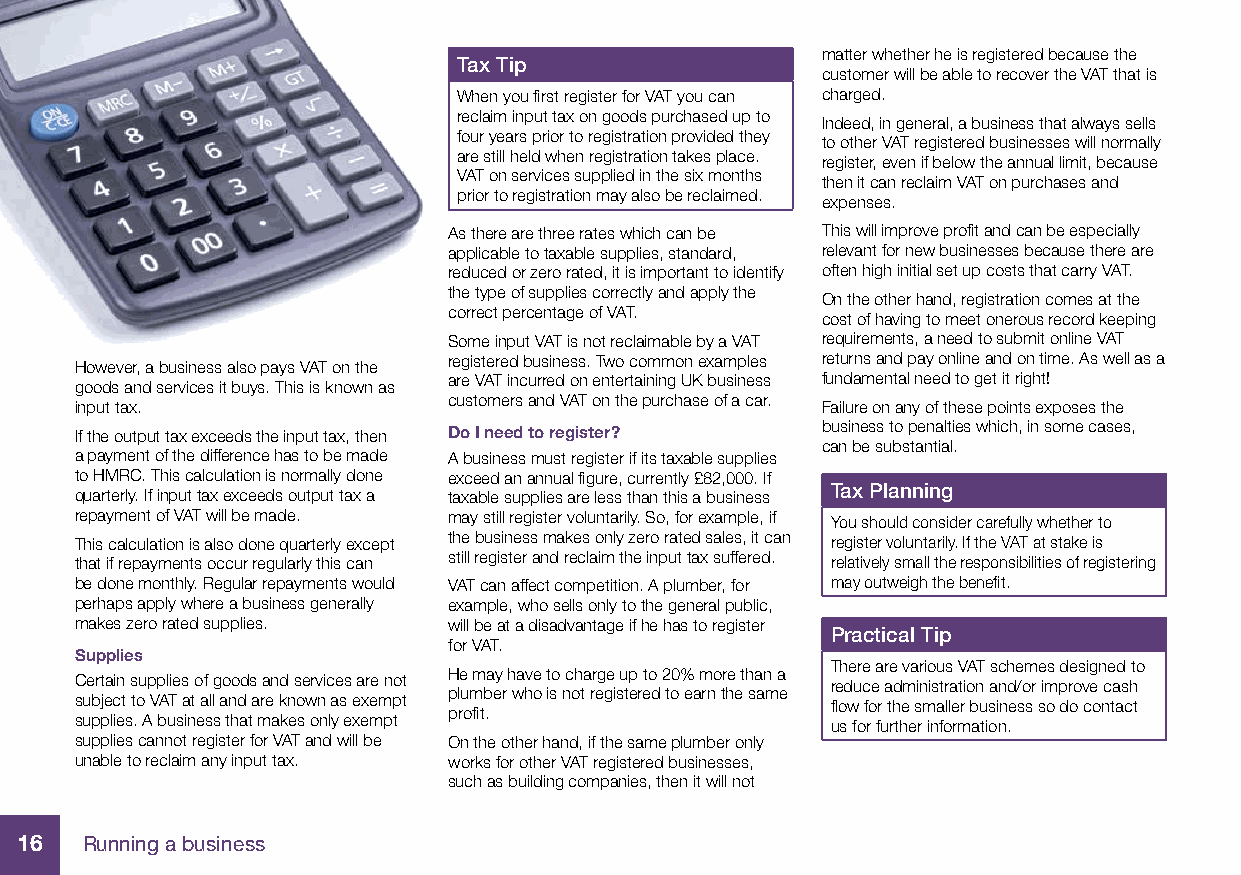
matter whether he is registered because the
 Tax Tip
 customer will be able to recover the VAT that is
 When you fi rst register for VAT you can charged.
 reclaim input tax on goods purchased up to
 Indeed, in general, a business that always sells
 four years prior to registration provided they
 to other VAT registered businesses will normally
 are still held when registration takes place.
 register, even if below the annual limit, because
 VAT on services supplied in the six months
 then it can reclaim VAT on purchases and
 prior to registration may also be reclaimed.
 expenses.
 As there are three rates which can be This will improve profi t and can be especially
 applicable to taxable supplies, standard, relevant for new businesses because there are
 reduced or zero rated, it is important to identify often high initial set up costs that carry VAT.
 the type of supplies correctly and apply the
 On the other hand, registration comes at the
 correct percentage of VAT.
 cost of having to meet onerous record keeping
 Some input VAT is not reclaimable by a VAT requirements, a need to submit online VAT
 registered business. Two common examples returns and pay online and on time. As well as a
 However, a business also pays VAT on the
 are VAT incurred on entertaining UK business fundamental need to get it right!
 goods and services it buys. This is known as
 customers and VAT on the purchase of a car.
 input tax.                                       Failure on any of these points exposes the
 If the output tax exceeds the input tax, then Do I need to register? business to penalties which, in some cases,
 can be substantial.
 a payment of the difference has to be made A business must register if its taxable supplies
 to HMRC. This calculation is normally done exceed an annual fi gure, currently £82,000. If
 quarterly. If input tax exceeds output tax a taxable supplies are less than this a business Tax Planning
 repayment of VAT will be made. may still register voluntarily. So, for example, if You should consider carefully whether to
 This calculation is also done quarterly except the business makes only zero rated sales, it can register voluntarily. If the VAT at stake is
 that if repayments occur regularly this can still register and reclaim the input tax suffered. relatively small the responsibilities of registering
 be done monthly. Regular repayments would VAT can affect competition. A plumber, for may outweigh the benefi t.
 perhaps apply where a business generally example, who sells only to the general public,
 makes zero rated supplies. will be at a disadvantage if he has to register
 Practical Tip
 for VAT.
 Supplies
 There are various VAT schemes designed to
 He may have to charge up to 20% more than a
 Certain supplies of goods and services are not    reduce administration and/or improve cash
 plumber who is not registered to earn the same
 subject to VAT at all and are known as exempt     fl ow for the smaller business so do contact
 profi t.
 supplies. A business that makes only exempt       us for further information.
 supplies cannot register for VAT and will be On the other hand, if the same plumber only
 unable to reclaim any input tax. works for other VAT registered businesses,
 such as building companies, then it will not
 16  Running a business